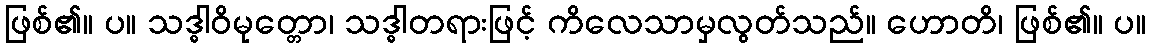
ဖြစ်၏။ ပ။ သဒ္ဓါဝိမုတ္တော၊ သဒ္ဓါတရားဖြင့် ကိလေသာမှလွတ်သည်။ ဟောတိ၊ ဖြစ်၏။ ပ။